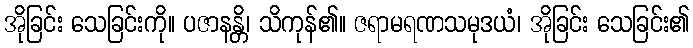
အိုခြင်း သေခြင်းကို။ ပဇာနန္တိ၊ သိကုန်၏။ ဇရာမရဏသမုဒယံ၊ အိုခြင်း သေခြင်း၏